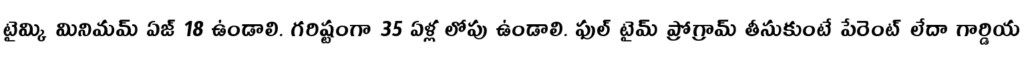
టైమ్కి మినిమమ్ ఏజ్ 18 ఉండాలి. గరిష్టంగా 35 ఏళ్ల లోపు ఉండాలి. ఫుల్ టైమ్ ప్రోగ్రామ్ తీసుకుంటే పేరెంట్ లేదా గార్డియ